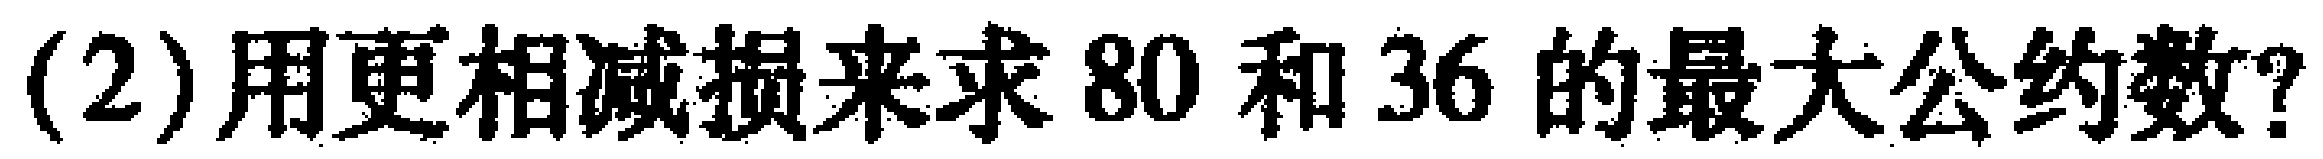
(2)用更相减损来求 \(80\) 和 \(36\) 的最大公约数?